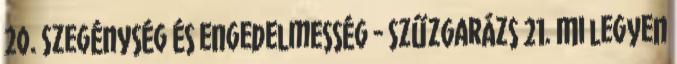
20. Szegénység és engedelmesség - Szűzgarázs 21. Mi legyen